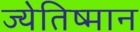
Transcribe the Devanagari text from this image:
ज्येतिष्मान